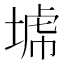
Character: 𡎍